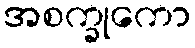
အစက္ခုကော